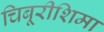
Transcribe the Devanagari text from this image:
चिबूरीशिमा